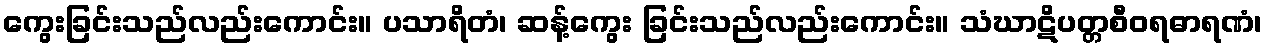
ကွေးခြင်းသည်လည်းကောင်း။ ပသာရိတံ၊ ဆန့်ကွေး ခြင်းသည်လည်းကောင်း။ သံဃာဋိပတ္တစီဝရဓာရဏံ၊